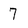
Character: 7